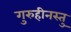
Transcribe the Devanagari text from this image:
गुरुहीनस्तु